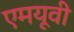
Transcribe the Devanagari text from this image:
एमयूवी